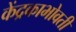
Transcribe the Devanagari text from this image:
केंद्रकाभोवती